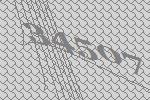
34507